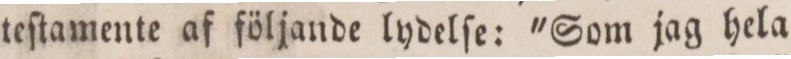
teſtamente af följande lydelſe: 'Som jag hela